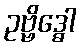
ဥဗ္ဗိဒ္ဓေါ